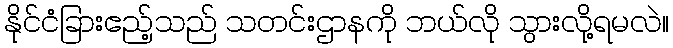
နိုင်ငံခြားဧည့်သည် သတင်းဌာနကို ဘယ်လို သွားလို့ရမလဲ။